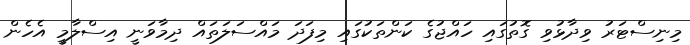
މިނިސްޓަރު ވިދާޅުވި ގޮތުގައި ހައްޖުގެ ކަންތަކުގައި މިފަދަ މައްސަލަތައް ދިމާވަނީ އިސްލާމީ އެހެން